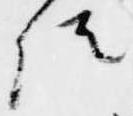
位